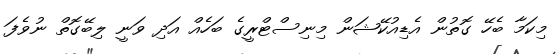
މިކަމާ ބެހޭ ގޮތުން އެޑިއުކޭޝަން މިނިސްޓްރީގެ ބަހެއް އަދި ވަނީ ލިބޭގޮތް ނުވެފަ